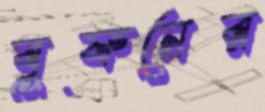
বুফনের